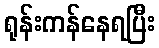
ရုန်းကန်နေရပြီး